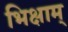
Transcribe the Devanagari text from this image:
भिक्षाम्